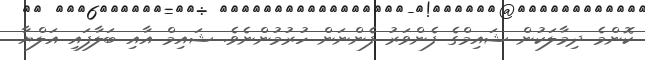
ކޮންމެ ދިމާލަކުން ޝައިމްގެ ފެންވަރު ފެންނަން ހުރުމުންނެވެެ. ޝައިމް އާއި ބަލާފައި އަލްޔާ